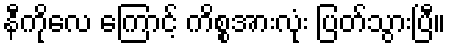
နီကိုလေ ကြောင့် ကိစ္စအားလုံး ပြတ်သွားပြီ။